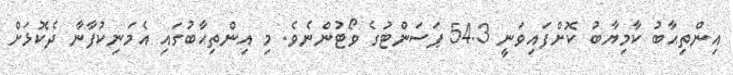
އިންތިޙާބު ކާމިޔާބު ކޮށްފައިވަނީ 54.3 ޕަސަންޓުގެ ވޯޓުންނެވެ. މި އިންތިޙާބުގައި އެމަނިކުފާނާ ދެކޮޅަށް